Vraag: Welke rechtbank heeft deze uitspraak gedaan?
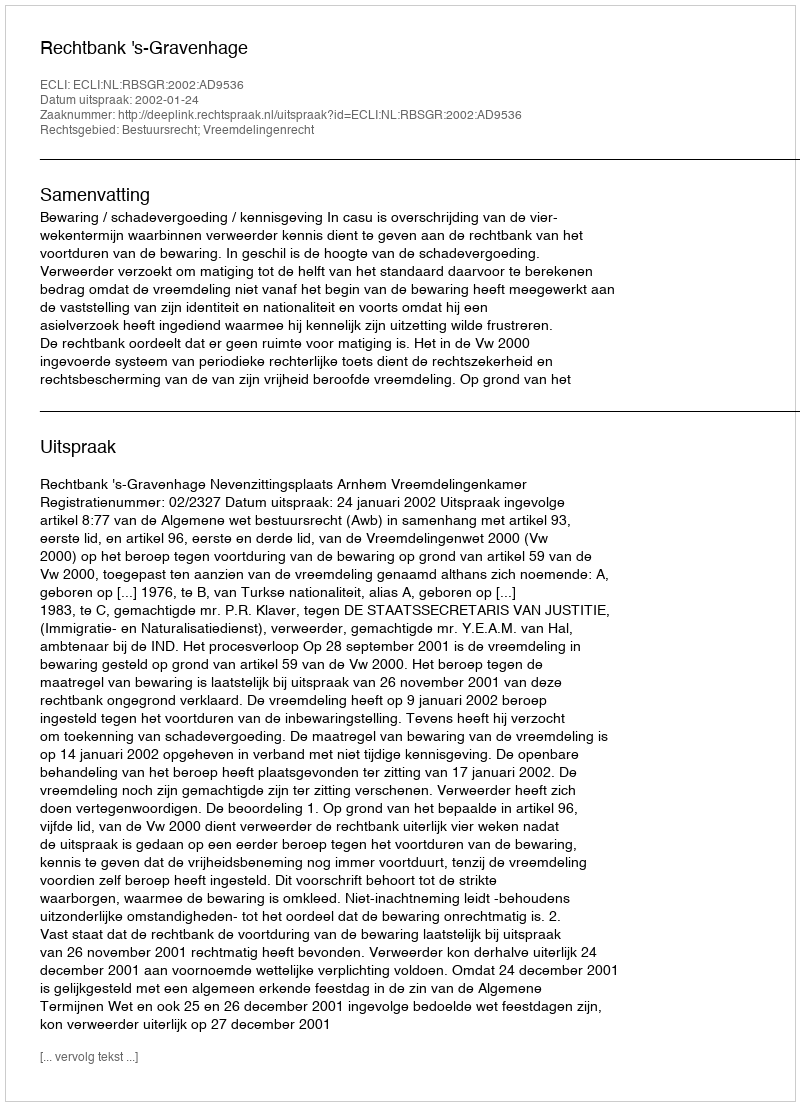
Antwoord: Rechtbank 's-Gravenhage